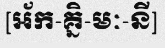
[អ័ក-គ្និ-មៈ-នី]